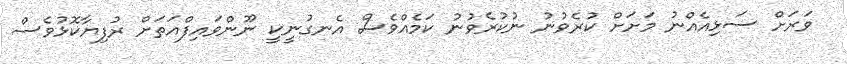
ވަރަށް ސަޅިއެއްނު މަށަށް ކުރެވުނު ނުކުރެވުނު ކަމެއްވެސް އެނގުނީކީ ނޫންވައިފްއަތަށް ރުފިޔާކޮޅުވެސް